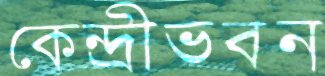
কেন্দ্রীভবন